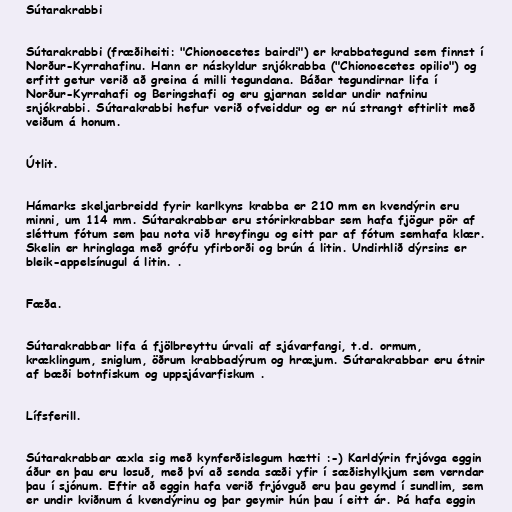
Sútarakrabbi

Sútarakrabbi (fræðiheiti: "Chionoecetes bairdi") er krabbategund sem finnst í
Norður-Kyrrahafinu. Hann er náskyldur snjókrabba ("Chionoecetes opilio") og
erfitt getur verið að greina á milli tegundana. Báðar tegundirnar lifa í
Norður-Kyrrahafi og Beringshafi og eru gjarnan seldar undir nafninu
snjókrabbi. Sútarakrabbi hefur verið ofveiddur og er nú strangt eftirlit með
veiðum á honum.

Útlit.

Hámarks skeljarbreidd fyrir karlkyns krabba er 210 mm en kvendýrin eru
minni, um 114 mm. Sútarakrabbar eru stórirkrabbar sem hafa fjögur pör af
sléttum fótum sem þau nota við hreyfingu og eitt par af fótum semhafa klær.
Skelin er hringlaga með grófu yfirborði og brún á litin. Undirhlið dýrsins er
bleik-appelsínugul á litin. .

Fæða.

Sútarakrabbar lifa á fjölbreyttu úrvali af sjávarfangi, t.d. ormum,
kræklingum, sniglum, öðrum krabbadýrum og hræjum. Sútarakrabbar eru étnir
af bæði botnfiskum og uppsjávarfiskum .

Lífsferill.

Sútarakrabbar æxla sig með kynferðislegum hætti :-) Karldýrin frjóvga eggin
áður en þau eru losuð, með því að senda sæði yfir í sæðishylkjum sem verndar
þau í sjónum. Eftir að eggin hafa verið frjóvguð eru þau geymd í sundlim, sem
er undir kviðnum á kvendýrinu og þar geymir hún þau í eitt ár. Þá hafa eggin